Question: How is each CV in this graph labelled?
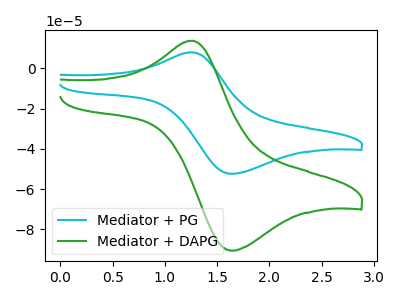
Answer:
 <answer>The cyan curve is labeled "Mediator + PG". The green curve is labeled "Mediator + DAPG".</answer>
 <eval></eval>